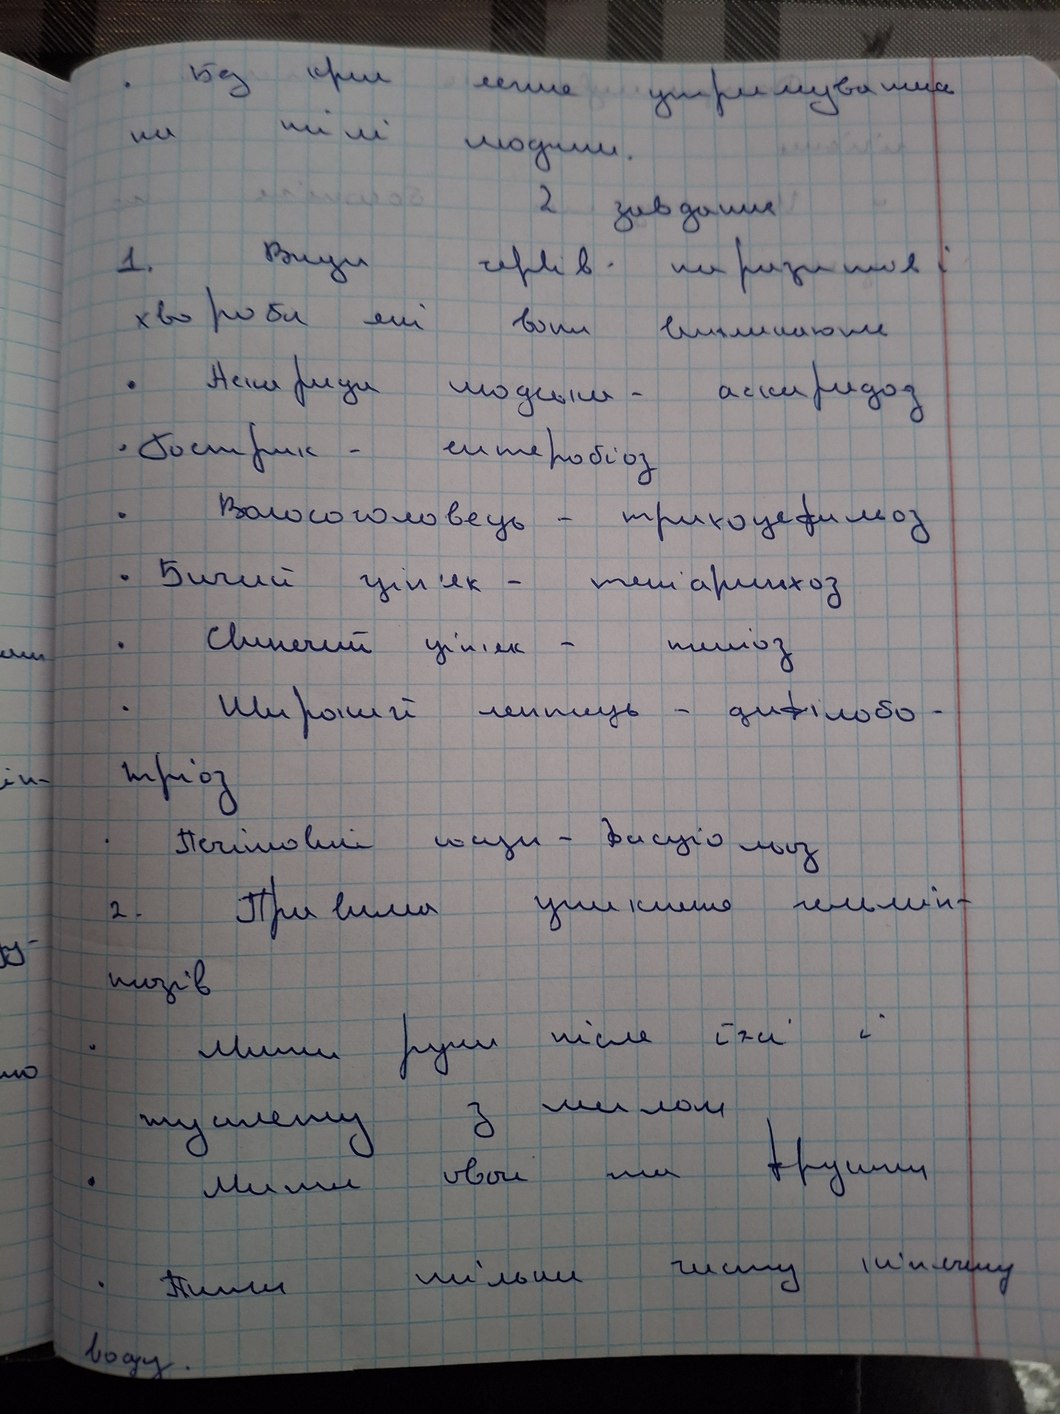
Без крил легше утримуватися
на тілі людини.
2 завдання
1. Види червів-паразитів і
хвороби які вони викликають
Аскириди людські - аскиридод
Гострик - гетеробіоз
Волосоголовець - трикоцефиліоз
Бичий ціп'як - теніаринхоз
Свинячий ціп'як - теніоз
Широкий линтець - дифілобо-
тріоз
Печінковий сисун - дисціольоз
2.  Правила уникнення гельмін-
пизів
Мити руки після їжі і
туалету з милом
Мити овочі та фрукти
Пити тільки чисту кіпячену
воду.